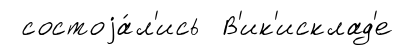
состоjа́л'ись В'ик'исклад'е